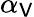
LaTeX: \alpha_{\mathsf{V}}